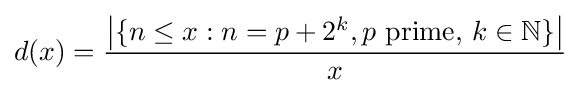
d(x)={\frac {\left\vert \{n\leq x:n=p+2^{k},p\ {\textrm {prime,}}\ k\in \mathbb {N} \}\right\vert }{x}}